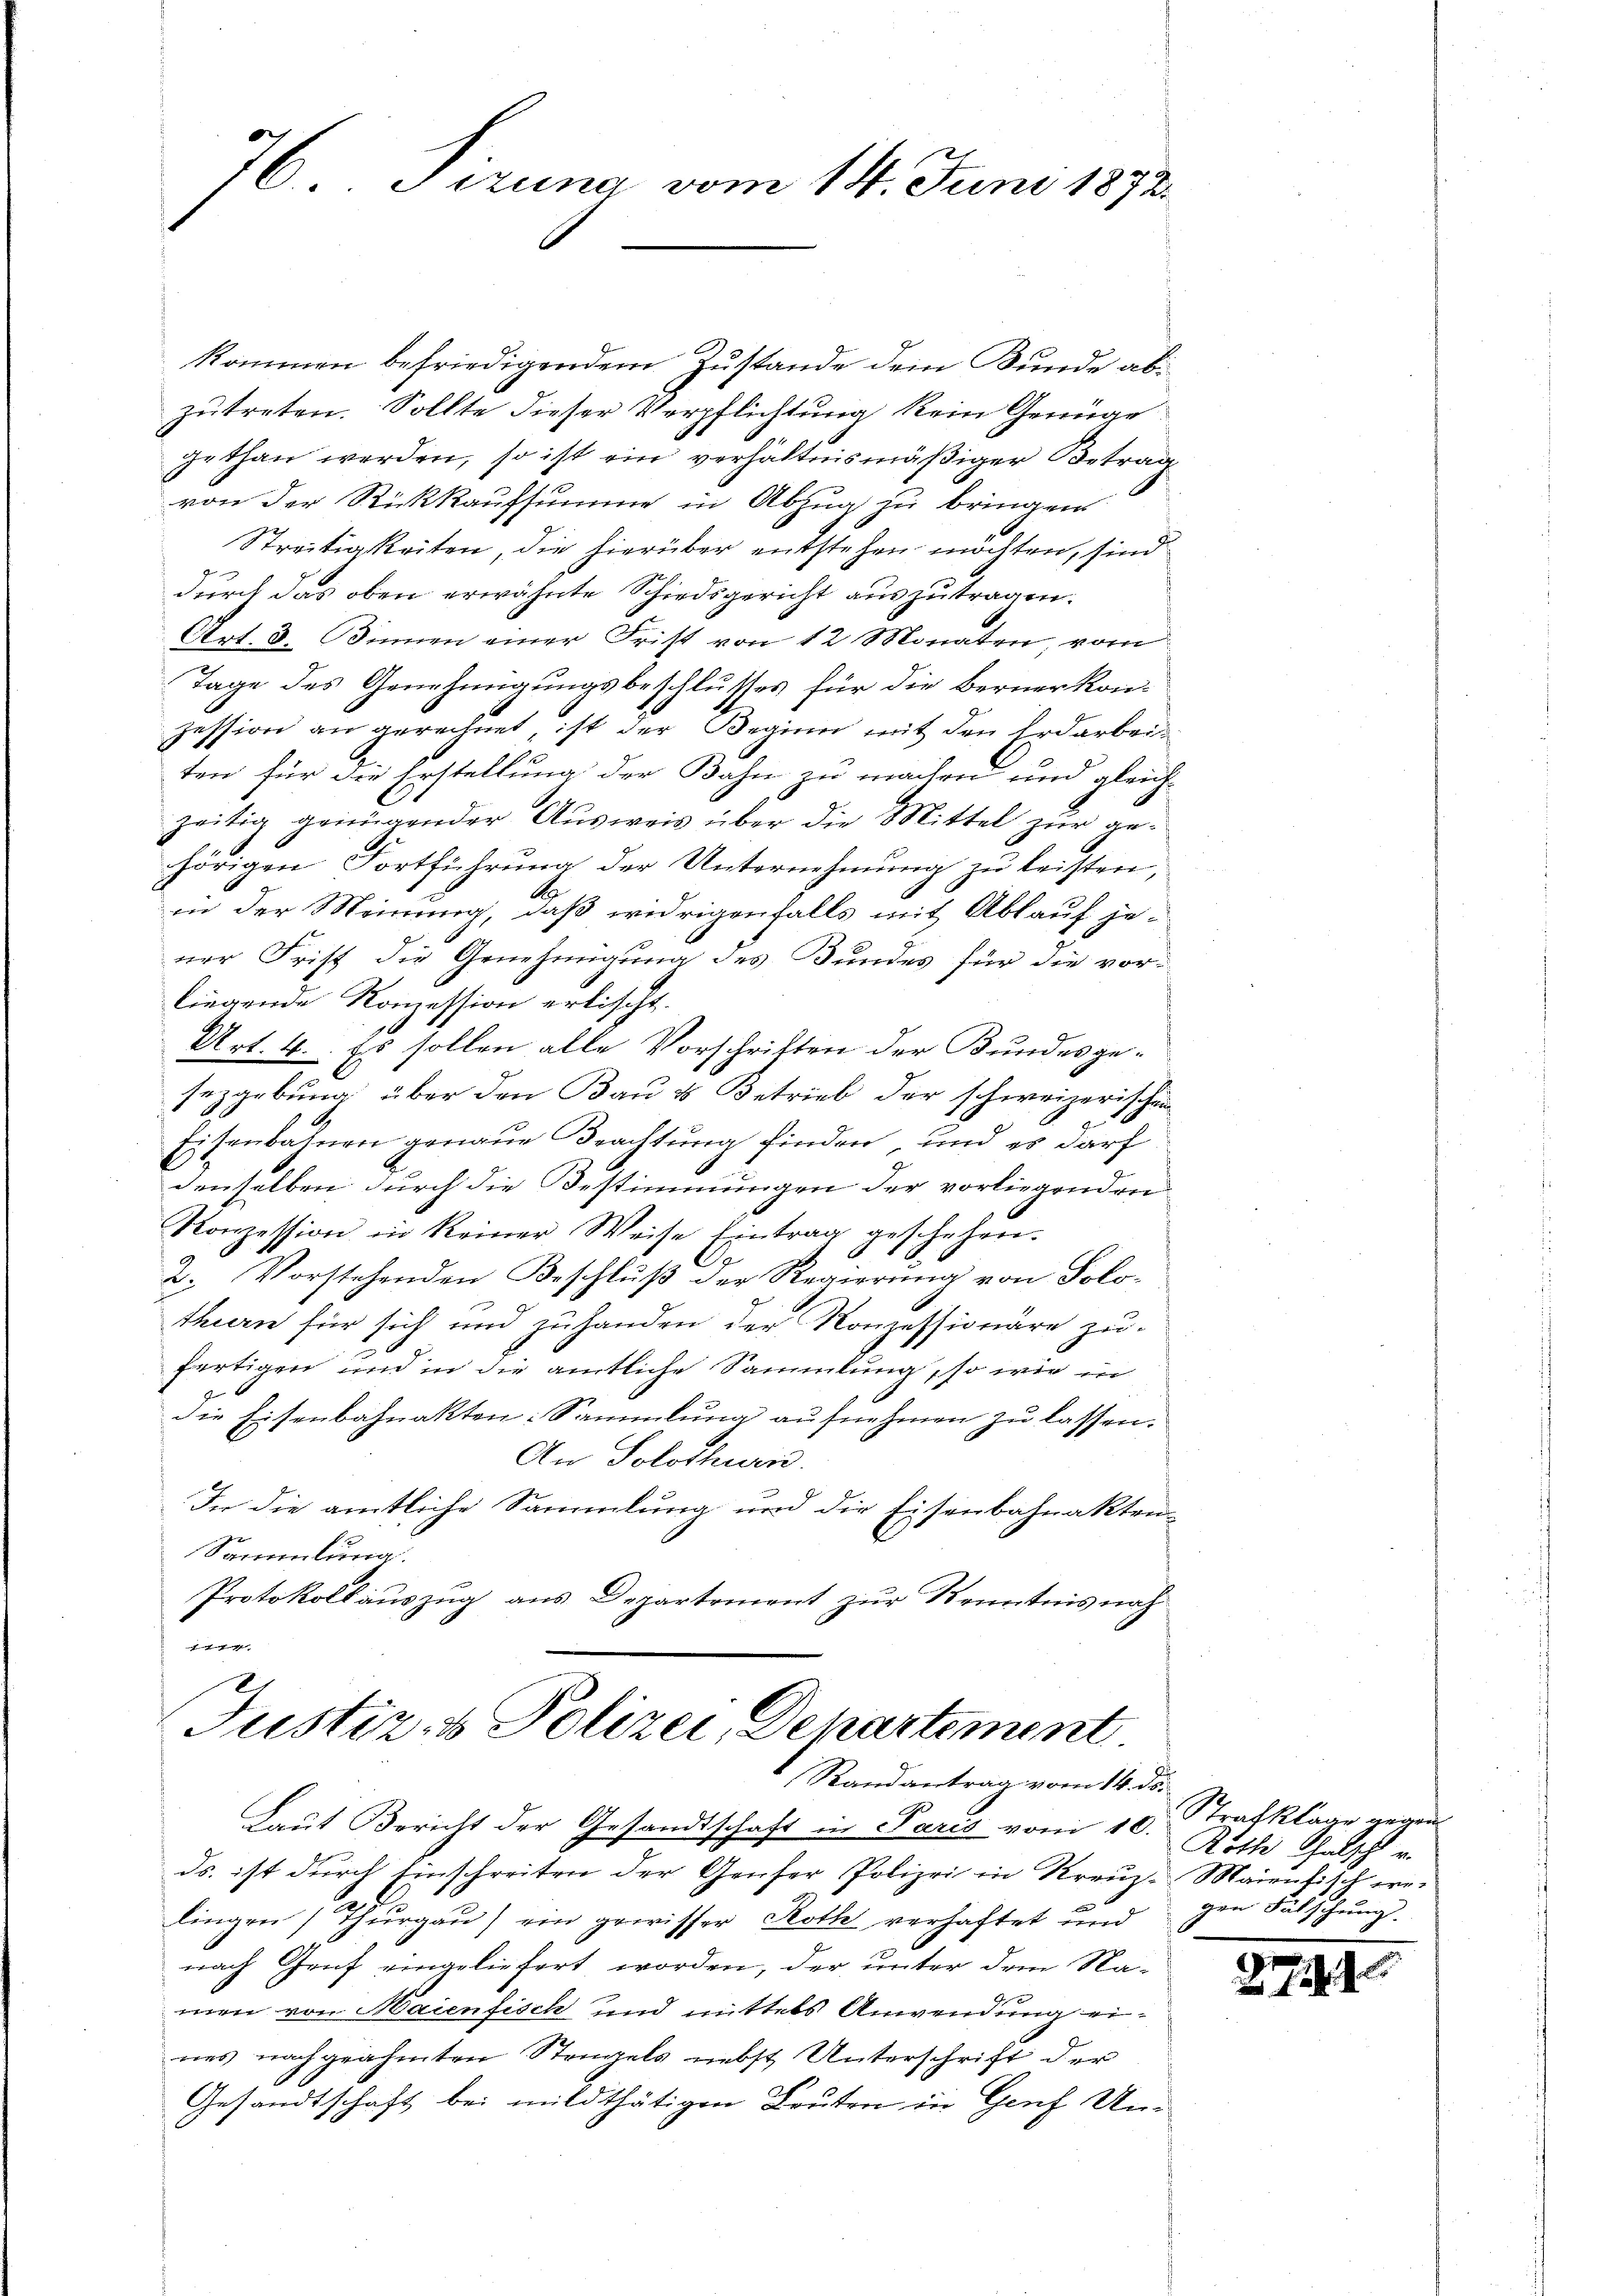
1
76. Sizung vom 14. Juni 1878.

kommen befriedigendem Zustande dem Bunde abi
zutreten. Sollte dieser Verpflichtung kein Genüge
gethan werden, so ist ein verhältnismäßiger Betrag
von der Rückkaufsumme in Abzug zu bringen
Streitigkeiten, die hierüber entstehen möchten, sind
durch das oben erwähnte Schiedsgericht auszutragen.
Art. 3. Binnen einer Frist von 12 Monaten, vom
Tage des Genehmigungsbeschlusses für die Bernerkonzession an gerechnet, ist der Beginn mit den Erdarbeiten für die Erstellung der Bahn zu machen und gleich-
zeitig genügender Ausweis über die Mittel zur gehörigen Fortführung der Unternehmung zu leisten,
A
in der Meinung, daß widrigenfalls mit Ablauf jener Frist die Genehmigung des Bundes für die vorliegende Konzession erlischt.
Art. 4. Es sollen alle Vorschriften der Bundesge-
sezgebung über den Bau & Betrieb der schweizerischen
Eisenbahnen genaue Beachtung finden, und es darf
denselben durch die Bestimmungen der vorliegenden
Konzession in keiner Weise Eintrag geschehen.
t
2. Vorstehenden Beschluß der Regierung von Solothurn für sich und zuhanden der Konzessionäre zu-
fertigen und in die amtliche Sammlung, so wie in
die Eisenbahnakten: Sammlung aufnehmen zu lassen.
An Solothurn.
In die amtliche Sammlung und die Eisenbahnakten-
Sammlung.
Protokollauszug aus Departement zur Kenntnis noch
1

2
Justiz- & Polizei, Departement
Randantrag vom 14. ds.

Laut Bericht der Gesandtschaft in Paris vom 10.
ds. ist durch Einschreiten der Genfer Polizei in Kreŭz Maienfisch wei
lingen Thurgau) ein gewisser Roth verhaftet und
nach Genf eingeliefert worden, der unter dem Namen von Maienfisch und mittels Anwendung eines nachgeahmten Stangels nebst Unterschrift der
Gesandtschaft bei mildthätigen Leuten in Genf Un¬

Strafklage gegen
Roth Thalschl
gen Fälschung.

2